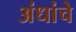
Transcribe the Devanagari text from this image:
अंधांचे